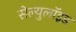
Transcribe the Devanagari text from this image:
सेल्युलॉइड